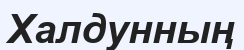
Халдунның